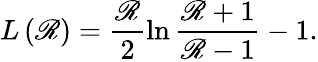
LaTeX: L\left(\mathscr{R}\right)=\frac{\mathscr{R}}{2}\ln\frac{{\mathscr{R}+1}}{{\mathscr{R}-1}}-1.